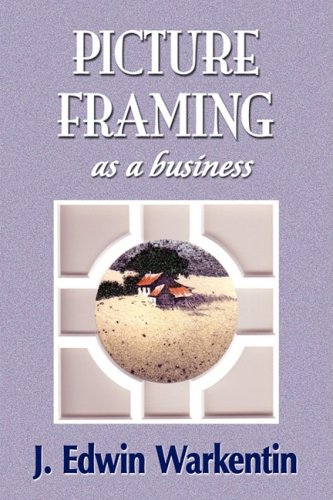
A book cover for PICTURE FRAMING as a Business; J. Edwin Warkentin; Crafts, Hobbies & Home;